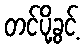
တင်ပို့ခွင့်